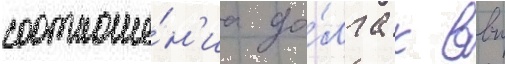
соотноше́н'иа до́лга к ввп